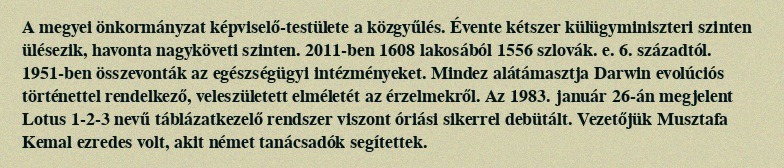
A megyei önkormányzat képviselő-testülete a közgyűlés. Évente kétszer külügyminiszteri szinten ülésezik, havonta nagyköveti szinten. 2011-ben 1608 lakosából 1556 szlovák. e. 6. századtól. 1951-ben összevonták az egészségügyi intézményeket. Mindez alátámasztja Darwin evolúciós történettel rendelkező, veleszületett elméletét az érzelmekről. Az 1983. január 26-án megjelent Lotus 1-2-3 nevű táblázatkezelő rendszer viszont óriási sikerrel debütált. Vezetőjük Musztafa Kemal ezredes volt, akit német tanácsadók segítettek.